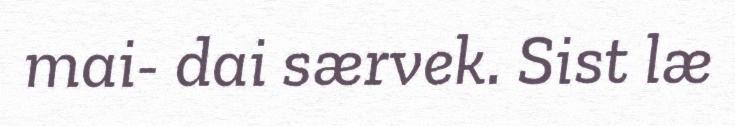
mai- dai særvek. Sist læ